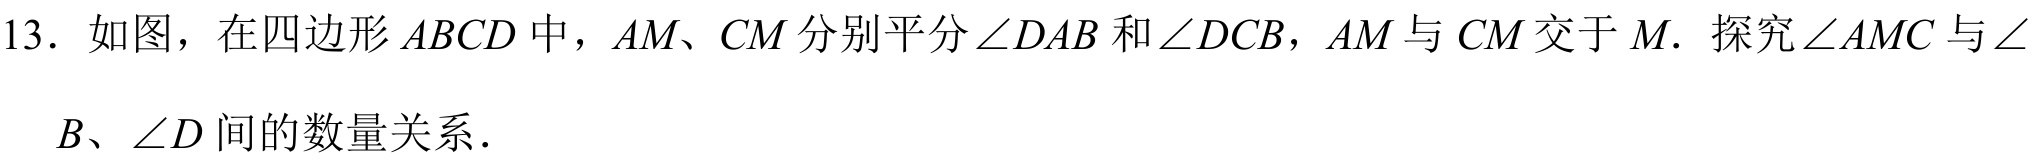
13. 如图，在四边形 \(ABCD\) 中，\(AM\)、\(CM\) 分别平分\(\angle DAB\) 和\(\angle DCB\)，\(AM\) 与 \(CM\) 交于 \(M\). 探究\(\angle AMC\) 与\(\angle B\)、\(\angle D\) 间的数量关系.